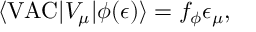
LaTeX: \langle \mathrm { V A C } | V _ { \mu } | \phi ( \epsilon ) \rangle = f _ { \phi } \epsilon _ { \mu } ,